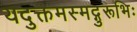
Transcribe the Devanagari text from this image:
यदुक्तमस्मद्गुरूभिः